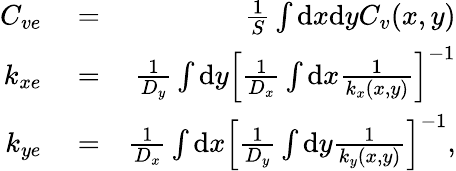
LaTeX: \begin{array}{rlr}{C_{ve}}&{{}=}&{\frac{1}{S}\int\mathrm{d}x\mathrm{d}yC_{v}(x,y)}\\ {k_{xe}}&{{}=}&{\frac{1}{D_{y}}\int\mathrm{d}y\left[\frac{1}{D_{x}}\int\mathrm{d}x\frac{1}{k_{x}(x,y)}\right]^{-1}}\\ {k_{ye}}&{{}=}&{\frac{1}{D_{x}}\int\mathrm{d}x\left[\frac{1}{D_{y}}\int\mathrm{d}y\frac{1}{k_{y}(x,y)}\right]^{-1},}\end{array}